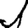
Digit: 1